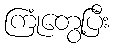
ကြုံတွေ့ပြီး